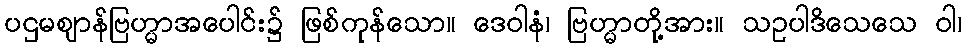
ပဌမဈာန်ဗြဟ္မာအပေါင်း၌ ဖြစ်ကုန်သော။ ဒေဝါနံ၊ ဗြဟ္မာတို့အား။ သဥပါဒိသေသေ ဝါ၊